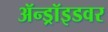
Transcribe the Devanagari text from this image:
ॲन्ड्रॉइडवर